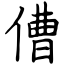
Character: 傮